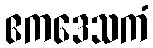
ဧကဒေသကံ